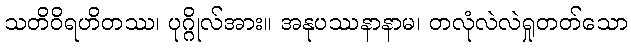
သတိဝိရဟိတဿ၊ ပုဂ္ဂိုလ်အား။ အနုပဿနာနာမ၊ တလုံလဲလဲရှုတတ်သော